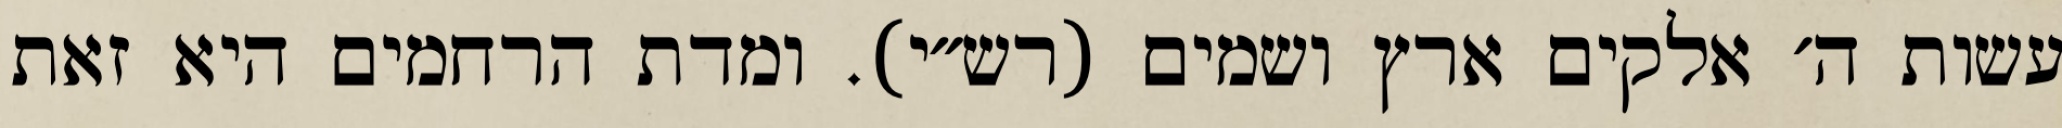
עשות ה׳ אלקים ארץ ושמים (רש״י). ומדת הרחמים היא זאת